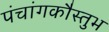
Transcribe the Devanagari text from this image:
पंचांगकौस्तुभ